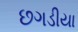
છગડીયા